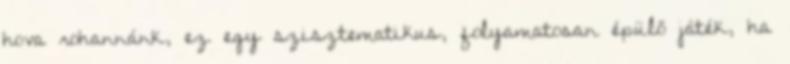
hova rohannánk, ez egy szisztematikus, folyamatosan épülő játék, ha